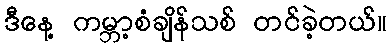
ဒီနေ့ ကမ္ဘာ့စံချိန်သစ် တင်ခဲ့တယ်။